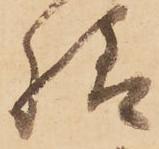
様